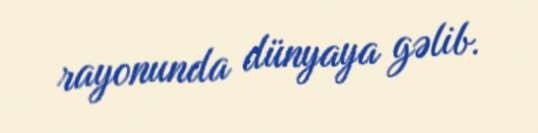
rayonunda dünyaya gəlib.